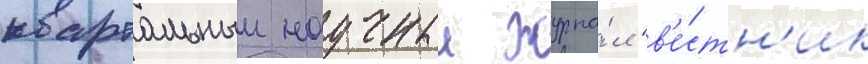
квартальныи научныи журна́л "в'е́стн'ик